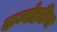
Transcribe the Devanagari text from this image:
कम्बोहडिया